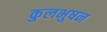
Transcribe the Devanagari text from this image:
कुलभुषन